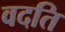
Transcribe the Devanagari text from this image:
वदति